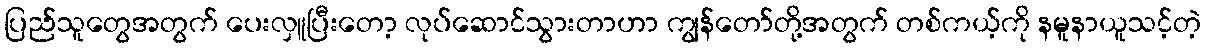
ပြည်သူတွေအတွက် ပေးလှူပြီးတော့ လုပ်ဆောင်သွားတာဟာ ကျွန်တော်တို့အတွက် တစ်ကယ့်ကို နမူနာယူသင့်တဲ့